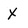
Character: X